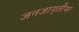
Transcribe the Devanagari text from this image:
जनजागृतीपर